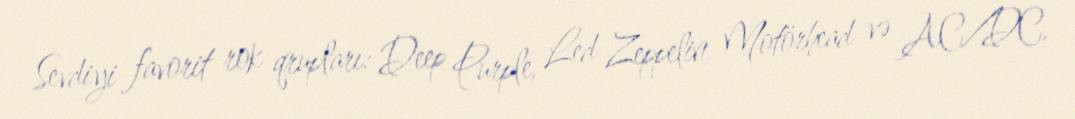
Sevdiyi favorit rok qrupları: Deep Purple, Led Zeppelin, Motörhead və AC/DC.